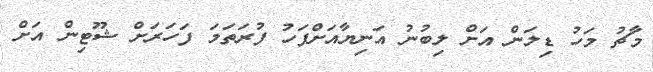
މާޗު މަހު ޑިލަން އަށް ލިބުނު އަނިޔާއަށްފަހު ފުރަތަމަ ފަހަރަށް ޝޫޓިން އަށް